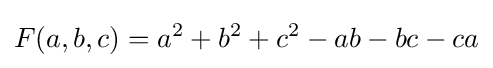
F(a,b,c)=a^{2}+b^{2}+c^{2}-ab-bc-ca